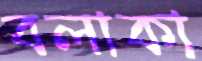
বলাকা